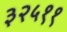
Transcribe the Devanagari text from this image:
३२५११